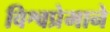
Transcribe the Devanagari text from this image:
विश्वप्रेमाने